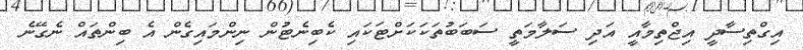
އިގްތިސާދީ އިޖްތިމާއީ އަދި ސަލާމަތީ ސަބަބުތަކަކަށްޓަކައި ކެބިނެޓުން ނިންމައިގެން އެ ބިންތައް ނެގޭނެ